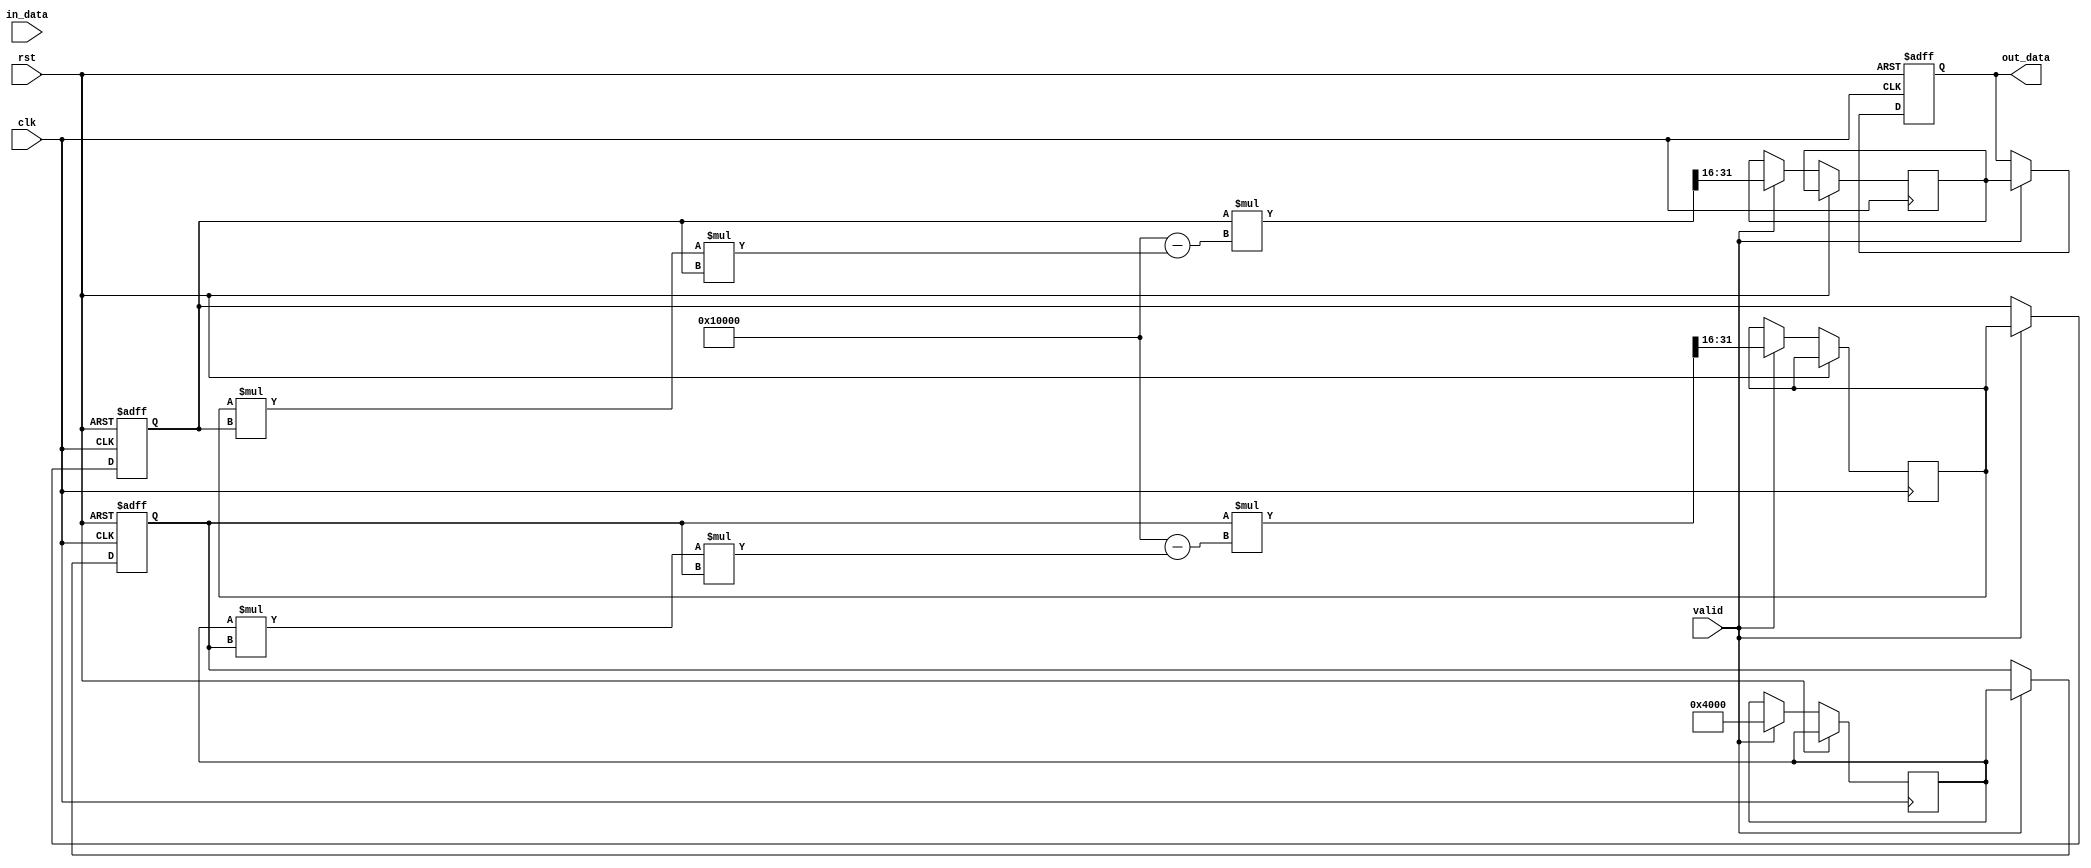
module SystolicArrayReciprocal #(parameter WIDTH = 16, // Width of input/output
                                  parameter ITERATIONS = 5 // Number of iterations for convergence
                                  ) (
    input clk,
    input rst,
    input valid, // Input valid signal
    input [WIDTH-1:0] in_data, // Input data
    output reg [WIDTH-1:0] out_data // Output data
);

    // Internal signals for the systolic array
    wire [WIDTH-1:0] pe_out[0:1][0:1]; // Output from PEs
    reg [WIDTH-1:0] pe_in[0:1][0:1]; // Input to PEs
    reg [WIDTH-1:0] estimate; // Reciprocal estimate

    // Control logic
    always @(posedge clk or posedge rst) begin
        if (rst) begin
            // Reset outputs and estimate
            out_data <= {WIDTH{1'b0}};
            estimate <= {WIDTH{1'b0}};
            pe_in[0][0] <= {WIDTH{1'b0}};
            pe_in[0][1] <= {WIDTH{1'b0}};
            pe_in[1][0] <= {WIDTH{1'b0}};
            pe_in[1][1] <= {WIDTH{1'b0}};
        end else if (valid) begin
            // Initialize the first PE with input data
            pe_in[0][0] <= in_data;

            // Perform iterative reciprocal computation
            // Feed the initial guess into the first PE
            pe_out[0][0] <= OneApprox(pe_in[0][0]);
            pe_in[0][1] <= pe_out[0][0]; // Forward to next PE

            // Process the first row
            pe_out[0][1] <= ComputeRECiprocal(pe_in[0][1], pe_out[0][0]);

            // Process the second row
            pe_in[1][0] <= pe_out[0][0]; // Forward
            pe_out[1][0] <= ComputeRECiprocal(pe_in[1][0], pe_out[0][0]);

            pe_in[1][1] <= pe_out[1][0]; // Forward to the last PE
            pe_out[1][1] <= ComputeRECiprocal(pe_in[1][1], pe_out[1][0]);

            // Capture the last output
            out_data <= pe_out[1][1];
        end
    end

    function [WIDTH-1:0] OneApprox(input [WIDTH-1:0] data);
        // One Approximation function for initial guess
        OneApprox = {1'b0, 1'b1, {WIDTH-2{1'b0}}}; // Replace with your approximation logic
    endfunction

    function [WIDTH-1:0] ComputeRECiprocal(input [WIDTH-1:0] current_estimate, input [WIDTH-1:0] data);
        // Reciprocal computation: Newton-Raphson or other iterative methods
        ComputeRECiprocal = (current_estimate * (2**WIDTH - (data * current_estimate * current_estimate))) >>> WIDTH; 
        // Simplistic Newton-Raphson formula for demonstration purposes
    endfunction

endmodule